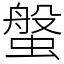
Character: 螌